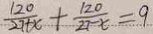
\frac { 1 2 0 } { 2 7 + x } + \frac { 1 2 0 } { 2 7 - x } = 9